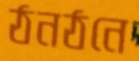
ঠনঠনে